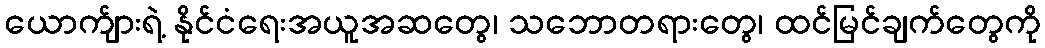
ယောက်ျားရဲ့ နိုင်ငံရေးအယူအဆတွေ၊ သဘောတရားတွေ၊ ထင်မြင်ချက်တွေကို